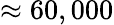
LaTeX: \approx 60,000